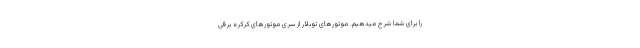
را برای شما شرح میدهیم. موتورهای توبلار از سری موتورهای کرکره برقی